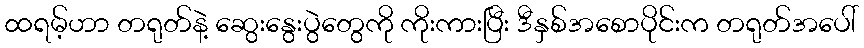
ထရမ့်ဟာ တရုတ်နဲ့ ဆွေးနွေးပွဲတွေကို ကိုးကားပြီး ဒီနှစ်အစောပိုင်းက တရုတ်အပေါ်